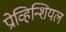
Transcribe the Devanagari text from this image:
प्रोव्हिन्शियल